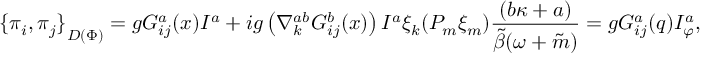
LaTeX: { \{ \pi _ { i } , \pi _ { j } \} } _ { D ( \Phi ) } = g G _ { i j } ^ { a } ( x ) I ^ { a } + i g \left( \nabla _ { k } ^ { a b } G _ { i j } ^ { b } ( x ) \right) I ^ { a } \xi _ { k } ( { \cal P } _ { m } \xi _ { m } ) \frac { ( b \kappa + a ) } { \tilde { \beta } ( \omega + \tilde { m } ) } = g G _ { i j } ^ { a } ( q ) I _ { \varphi } ^ { a } ,